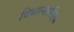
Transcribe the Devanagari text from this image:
विधानातील